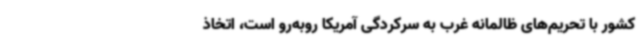
کشور با تحریم‌های ظالمانه غرب به سرکردگی آمریکا روبه‌رو است، اتخاذ